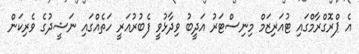
އެ ޕްރޮގްރާމްގައި ޓުއަރިޒަމް މިނިސްޓަރު އަދީބު ވިދާޅުވީ ފެބުރުއަރީ ހަތެއްގައި ނަޝީދުގެ ވެރިކަން